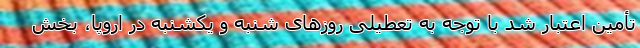
تأمین اعتبار شد با توجه به تعطیلی روزهای شنبه و یکشنبه در اروپا، بخش